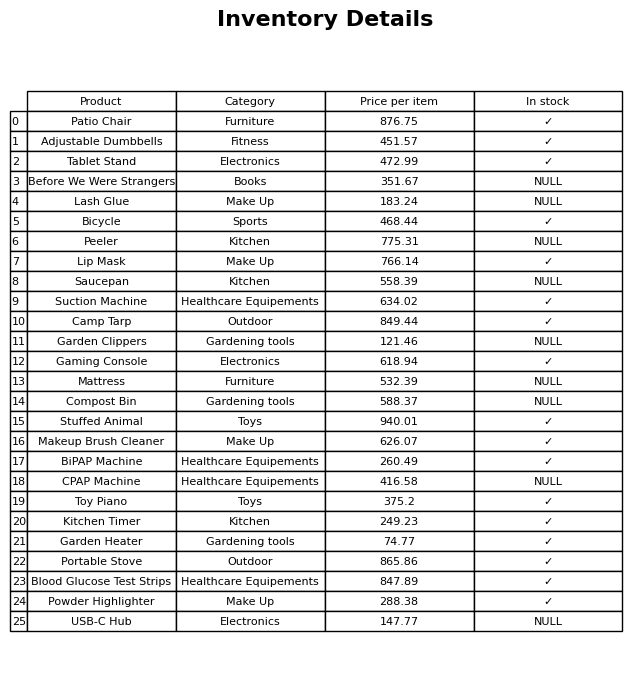
question: Is the CPAP Machine in stock?
answer: NULL